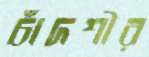
চাঁদশীর